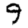
Digit: 9